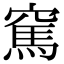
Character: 𥧓